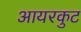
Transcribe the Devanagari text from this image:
आयरकुट